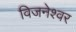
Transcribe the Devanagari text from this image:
विजनेश्वर